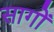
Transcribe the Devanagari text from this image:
सागों